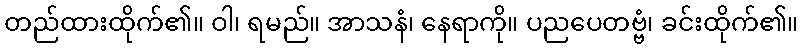
တည်ထားထိုက်၏။ ဝါ၊ ရမည်။ အာသနံ၊ နေရာကို။ ပညပေတဗ္ဗံ၊ ခင်းထိုက်၏။